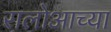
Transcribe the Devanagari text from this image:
रालोआच्या